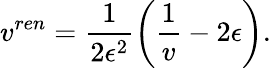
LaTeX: v^{ren}=\frac{1}{2\epsilon^{2}}\left(\frac{1}{v}-2\epsilon\right).